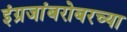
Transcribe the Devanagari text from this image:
इंग्रजांबरोबरच्या